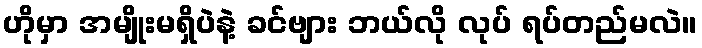
ဟိုမှာ အမျိုးမရှိပဲနဲ့ ခင်ဗျား ဘယ်လို လုပ် ရပ်တည်မလဲ။